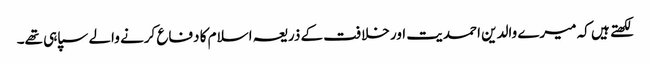
لکھتے ہیں کہ میرے والدین احمدیت اور خلافت کے ذریعہ اسلام کا دفاع کرنے والے سپاہی تھے۔